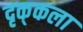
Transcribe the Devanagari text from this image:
दृक्‌कला